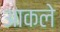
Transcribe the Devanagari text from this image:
आकले